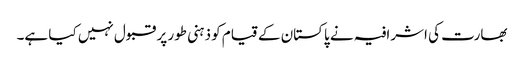
بھارت کی اشرافیہ نے پاکستان کے قیام کو ذہنی طور پر قبول نہیں کیا ہے۔